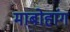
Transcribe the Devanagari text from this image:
माबोहांग